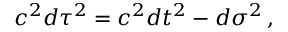
c ^ { 2 } d \tau ^ { 2 } = c ^ { 2 } d t ^ { 2 } - d \sigma ^ { 2 } \, ,